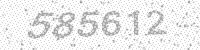
Solution: 585612